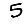
Digit: 5